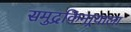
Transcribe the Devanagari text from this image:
समुद्रकिनार्‍याला